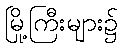
မြို့ကြီးများ၌